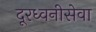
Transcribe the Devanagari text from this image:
दूरध्वनीसेवा